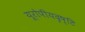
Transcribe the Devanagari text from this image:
यूरोपीयदृष्टि